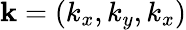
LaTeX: {\mathbf k}=(k_{x},k_{y},k_{x})